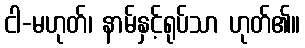
ငါ-မဟုတ်၊ နာမ်နှင့်ရုပ်သာ ဟုတ်၏။